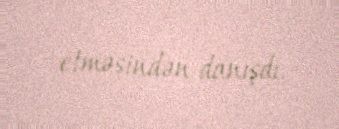
etməsindən danışdı.